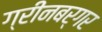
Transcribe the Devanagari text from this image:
ग्रीनबर्गर